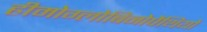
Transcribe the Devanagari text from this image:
हीमोग्लोबिनोपैथियों